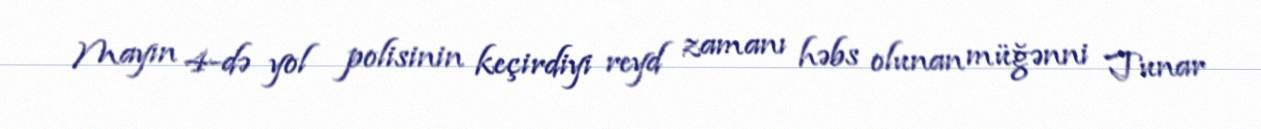
Mayın 4-də yol polisinin keçirdiyi reyd zamanı həbs olunan müğənni Tunar